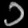
Digit: ၁